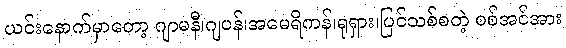
ယင်းနောက်မှာတော့ ဂျာမနီ၊ဂျပန်၊အမေရိကန်၊ရုရှား၊ပြင်သစ်စတဲ့ စစ်အင်အား